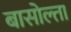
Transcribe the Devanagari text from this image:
बासोल्ता